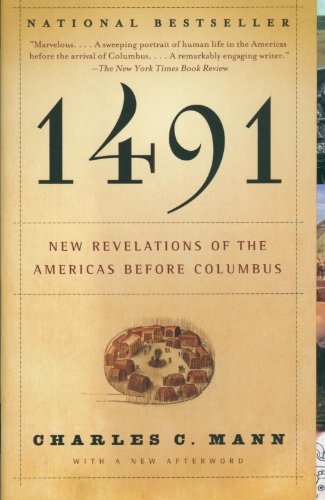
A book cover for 1491: New Revelations of the Americas Before Columbus; Charles C. Mann; Science & Math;